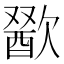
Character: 𣤕